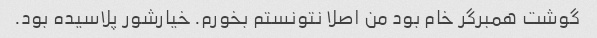
گوشت همبرگر خام بود من اصلا نتونستم بخورم. خیارشور پلاسیده بود.